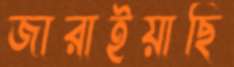
জারাইয়াছি